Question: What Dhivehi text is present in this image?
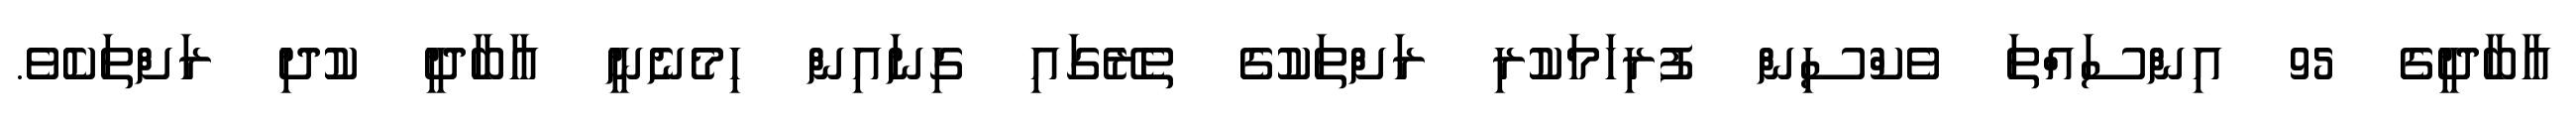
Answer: އާބާދީގެ 95 އިންސައްތަ ވެކްސިން ފުރިހަމަކުރި ރަށްތަކުގެ ތެރޭގައި ގިނައިން ހިމެނެނީ އާބާދީ ކުދި ރަށްތަކެވެ.